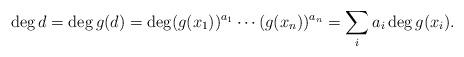
LaTeX: \begin{align*}\deg d=\deg g(d)=\deg (g(x_1))^{a_1}\cdots(g(x_n))^{a_n}=\sum_i a_i \deg g(x_i).\end{align*}